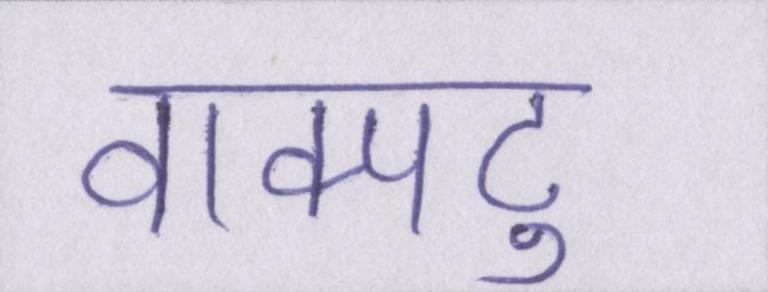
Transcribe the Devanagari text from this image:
वाक्पटु